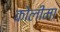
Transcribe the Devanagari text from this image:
कोलीमा